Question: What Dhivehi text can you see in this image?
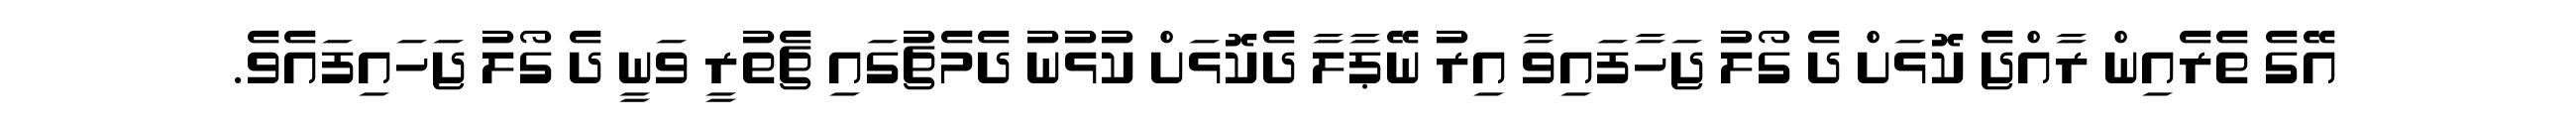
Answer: އޭގެ ތެރެއިން ރާއްޖެ ކޮޅަށް ދެ ގޯލު ޖަހާފައިވާ އިރު ނޭޕާލާ ދެކޮޅަށް ކުޅުނު ދެމެޗުގައި ޗެތުރީ ވަނީ ދެ ގޯލު ޖަހައިފައެވެ.